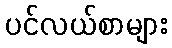
ပင်လယ်စာများ